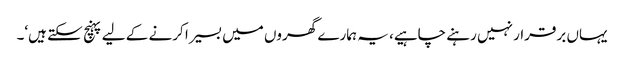
یہاں برقرار نہیں رہنے چاہیے، یہ ہمارے گھروں میں بسیرا کرنے کے لیے پہنچ سکتے ہیں‘۔